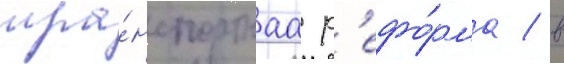
тра́нспортнаа р'ефо́рма / в